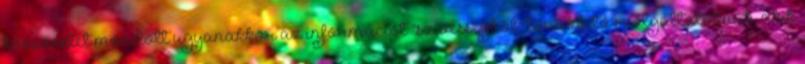
köszönetet mondott ugyanakkor az információt "szívességből" továbbító szolgáltatóknak, akik